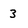
Character: 3